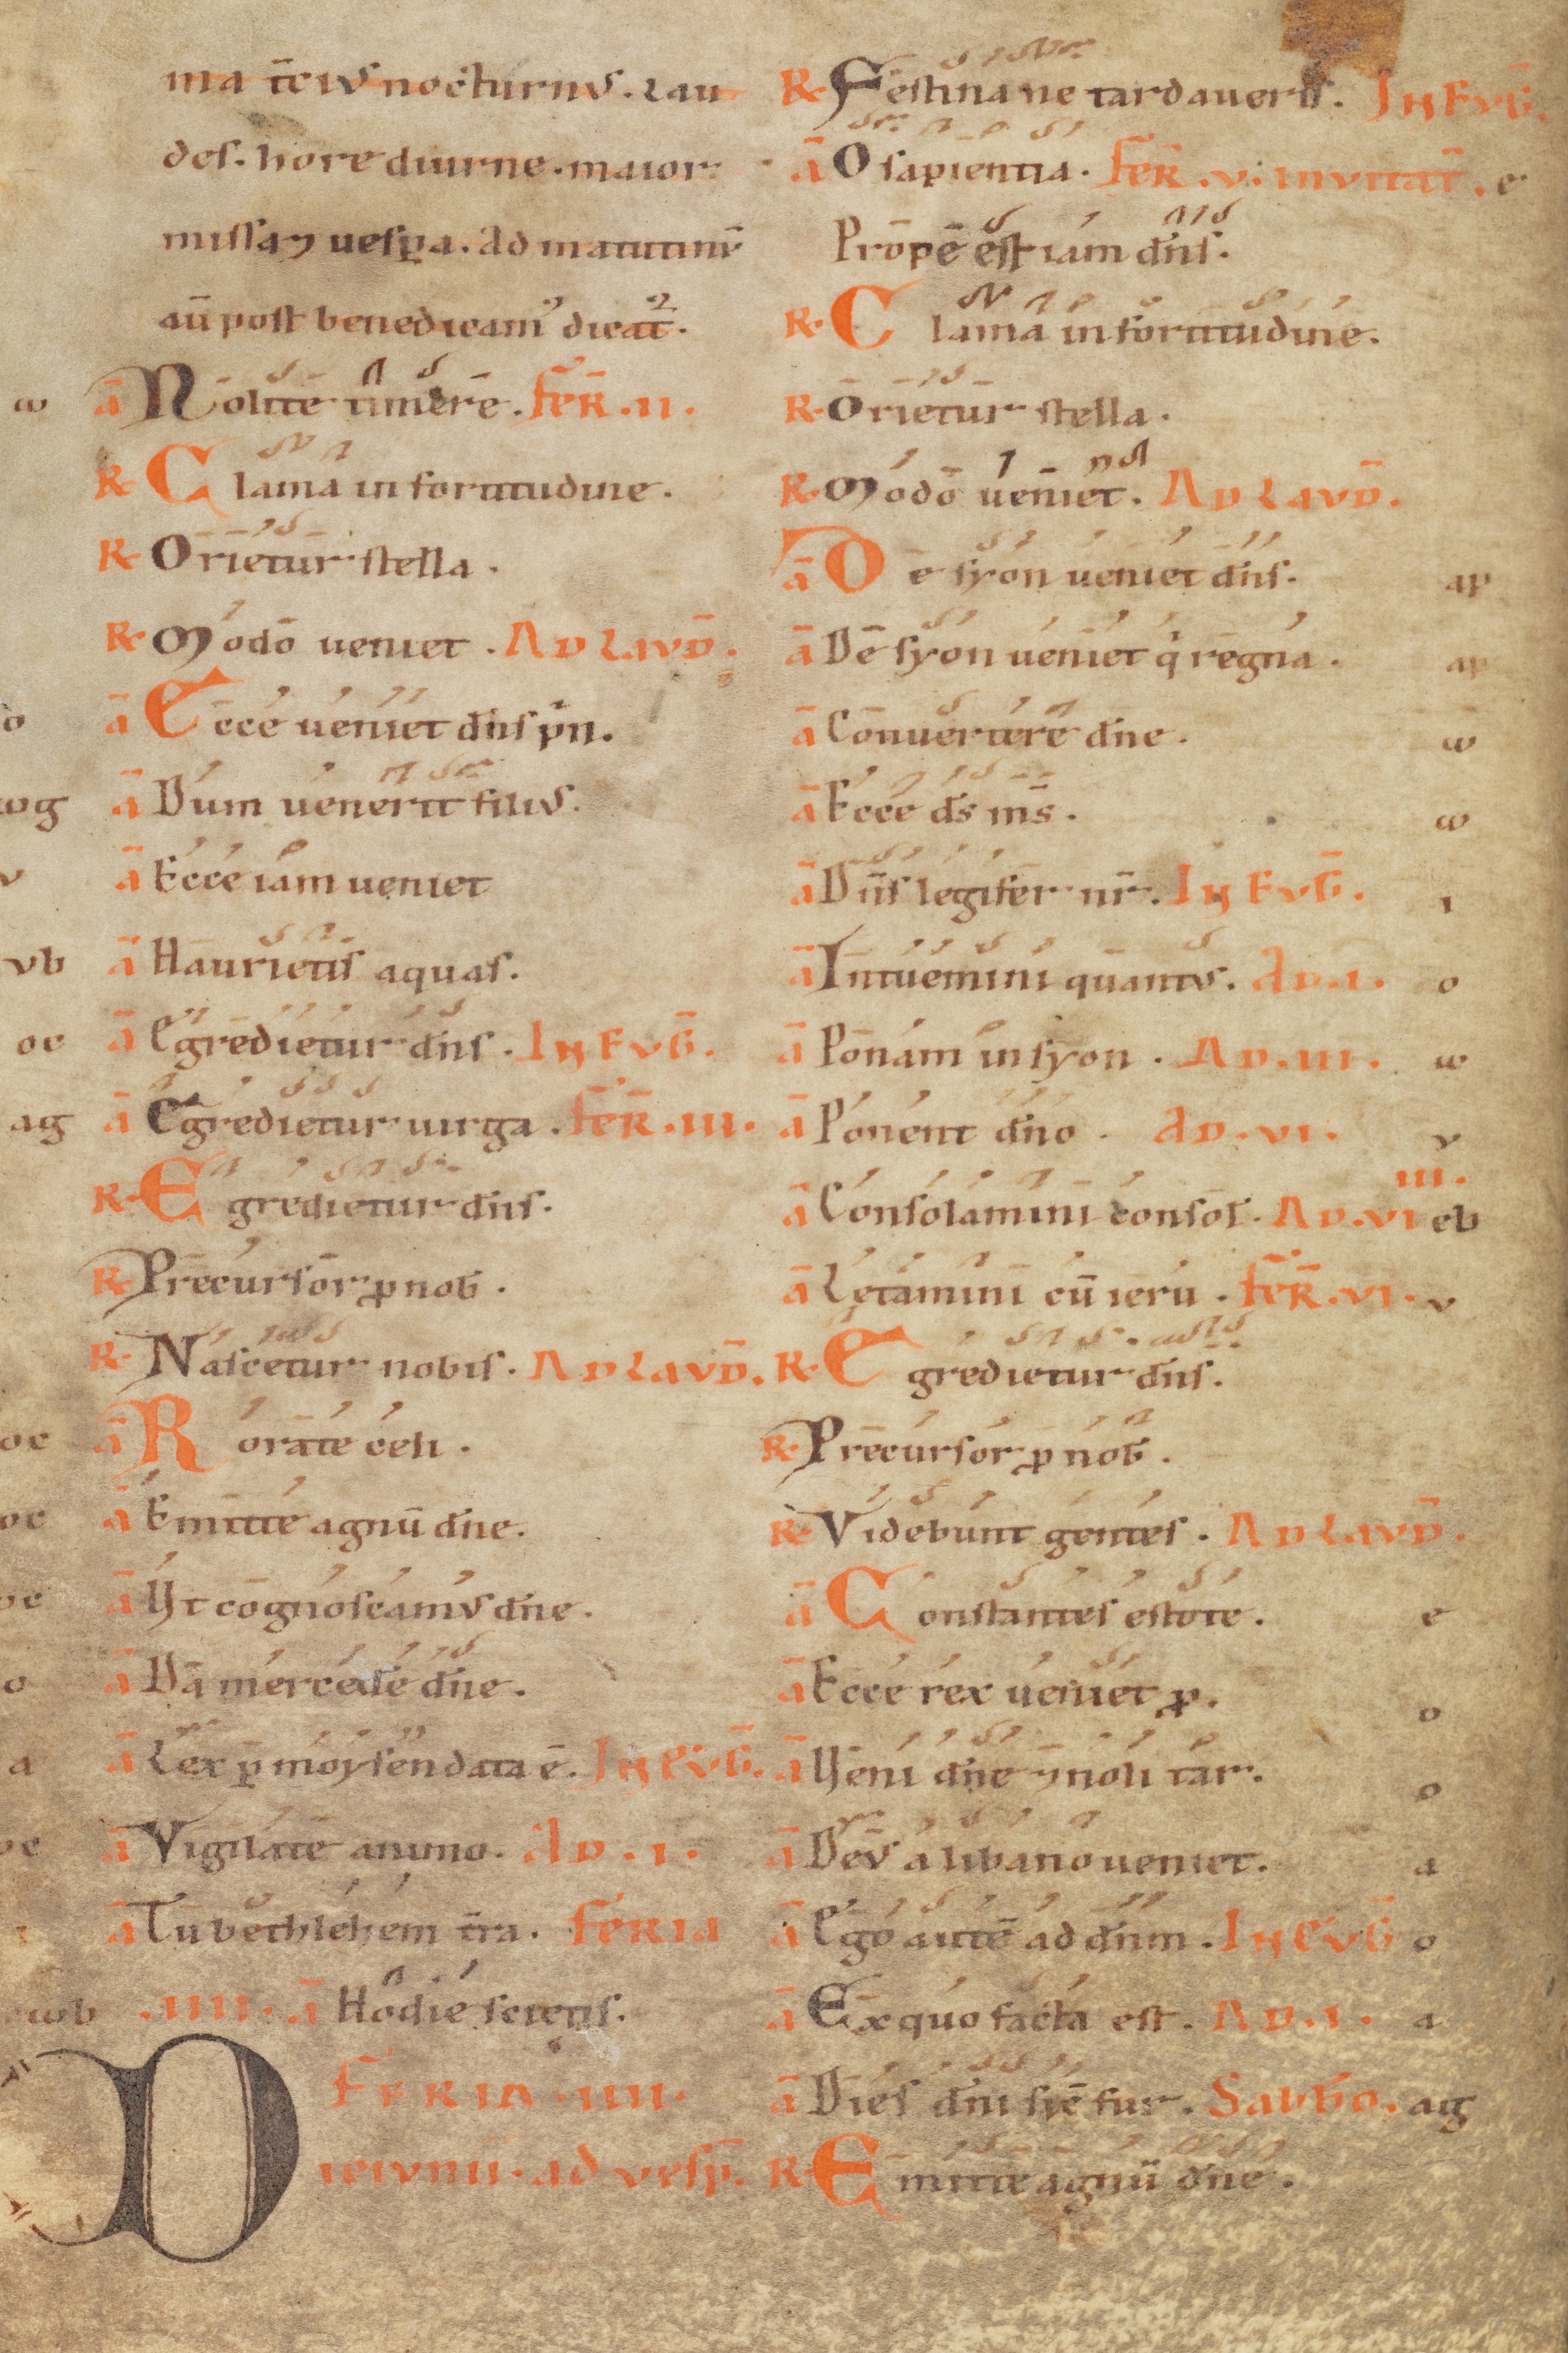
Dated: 1100–1199